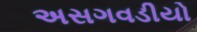
અસગવડીયો